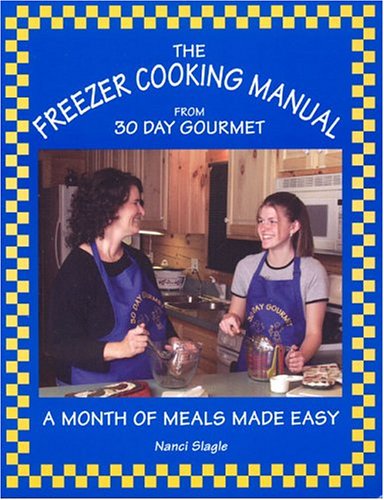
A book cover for The Freezer Cooking Manual from 30 Day Gourmet: A Month of Meals Made Easy; Nanci Slagle; Cookbooks, Food & Wine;